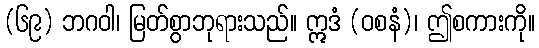
(၆၉) ဘဂဝါ၊ မြတ်စွာဘုရားသည်။ ဣဒံ (ဝစနံ)၊ ဤစကားကို။